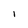
Character: 1